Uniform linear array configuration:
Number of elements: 64
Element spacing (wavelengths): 0.75
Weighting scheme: kaiser
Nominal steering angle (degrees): -15
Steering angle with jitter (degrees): -14.301
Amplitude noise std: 0.05
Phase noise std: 0.05

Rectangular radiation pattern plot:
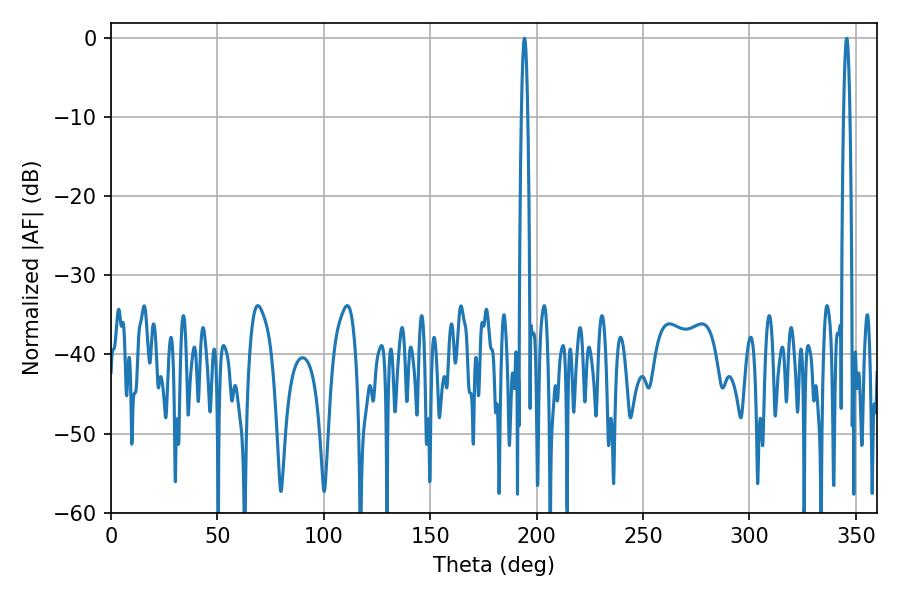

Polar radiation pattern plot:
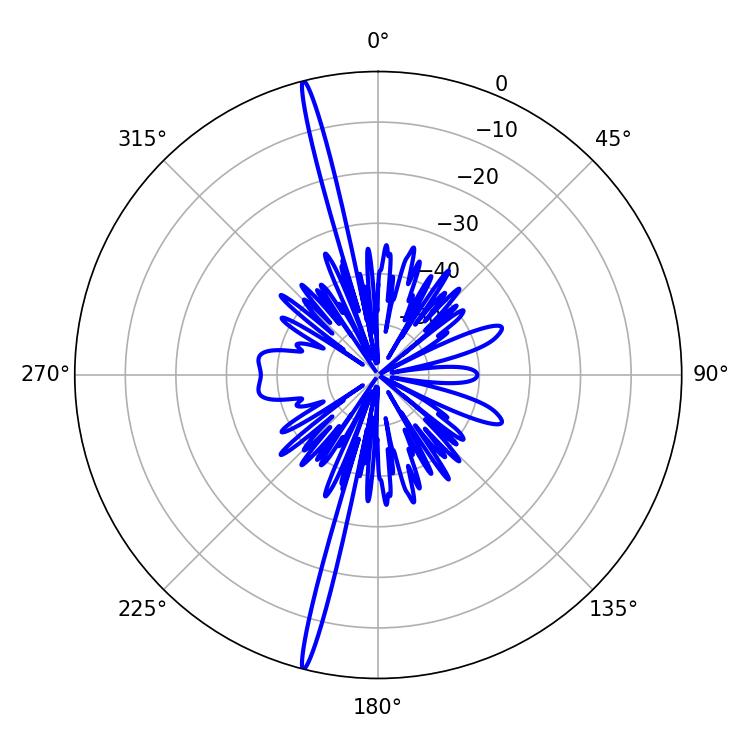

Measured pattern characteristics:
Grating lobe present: TRUE
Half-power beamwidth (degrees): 1.62
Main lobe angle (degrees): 194.22